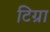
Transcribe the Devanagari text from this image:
टिग्रा